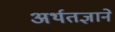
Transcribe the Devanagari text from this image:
अर्थतज्ञाने